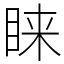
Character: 睐